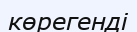
көрегенді